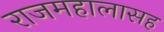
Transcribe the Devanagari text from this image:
राजमहालासह